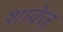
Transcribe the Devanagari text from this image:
शावेज